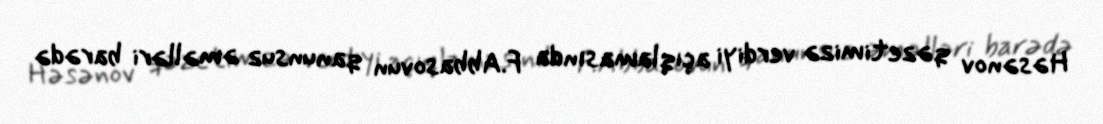
Həsənov qəzetimizə verdiyi açıqlamasında F.Abbasovun qanunsuz əməlləri barədə